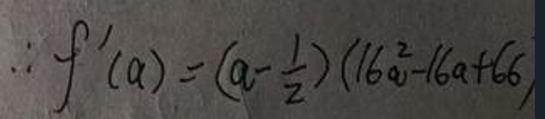
\[\therefore f^{\prime}(a)=\left(a - \frac{1}{2}\right)(16a^{2}-16a + 66)\]